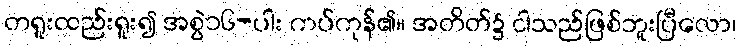
တရူးထည်းရူး၍ အစွဲ၁၆-ပါး ကပ်ကုန်၏။ အတိတ်၌ ငါသည်ဖြစ်ဘူးပြီလော၊